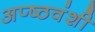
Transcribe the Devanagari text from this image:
अप्ष्ठवंशी